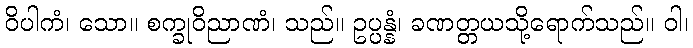
ဝိပါကံ၊ သော။ စက္ခုဝိညာဏံ၊ သည်။ ဥပ္ပန္နံ၊ ခဏတ္တယသို့ရောက်သည်။ ဝါ၊